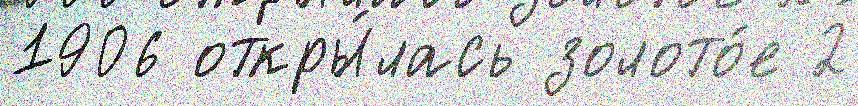
1906 откры́лась золото́е 2